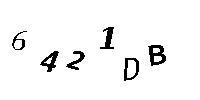
6421DB